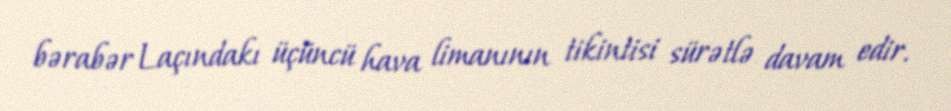
bərabər Laçındakı üçüncü hava limanının tikintisi sürətlə davam edir.